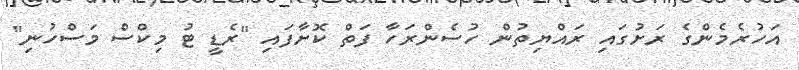
އަހުރެމެންގެ ރަށުގައި ރައްޔިތުން ހުސެންރަހާ ފަތް ކޮށާފައި "ރެޑީ ޓު މިކްސް މަސްހުނި"